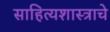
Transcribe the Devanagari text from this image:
साहित्यशास्त्राचे